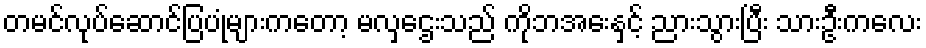
တမင်လုပ်ဆောင်ပြပုံများကတော့ မလှဌေးသည် ကိုဘအေးနှင့် ညားသွားပြီး သားဦးကလေး